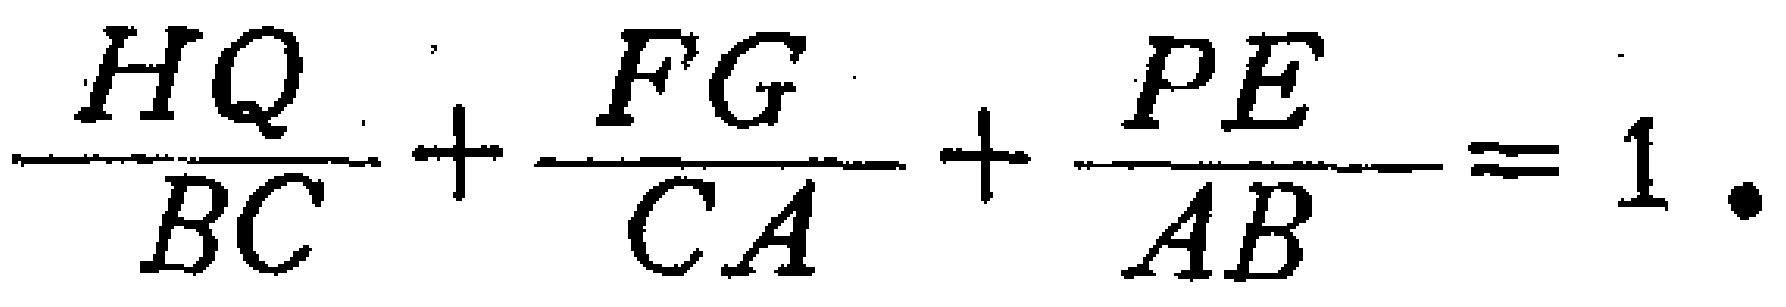
\frac{HQ}{BC}+\frac{FG}{CA}+\frac{PE}{AB}=1.